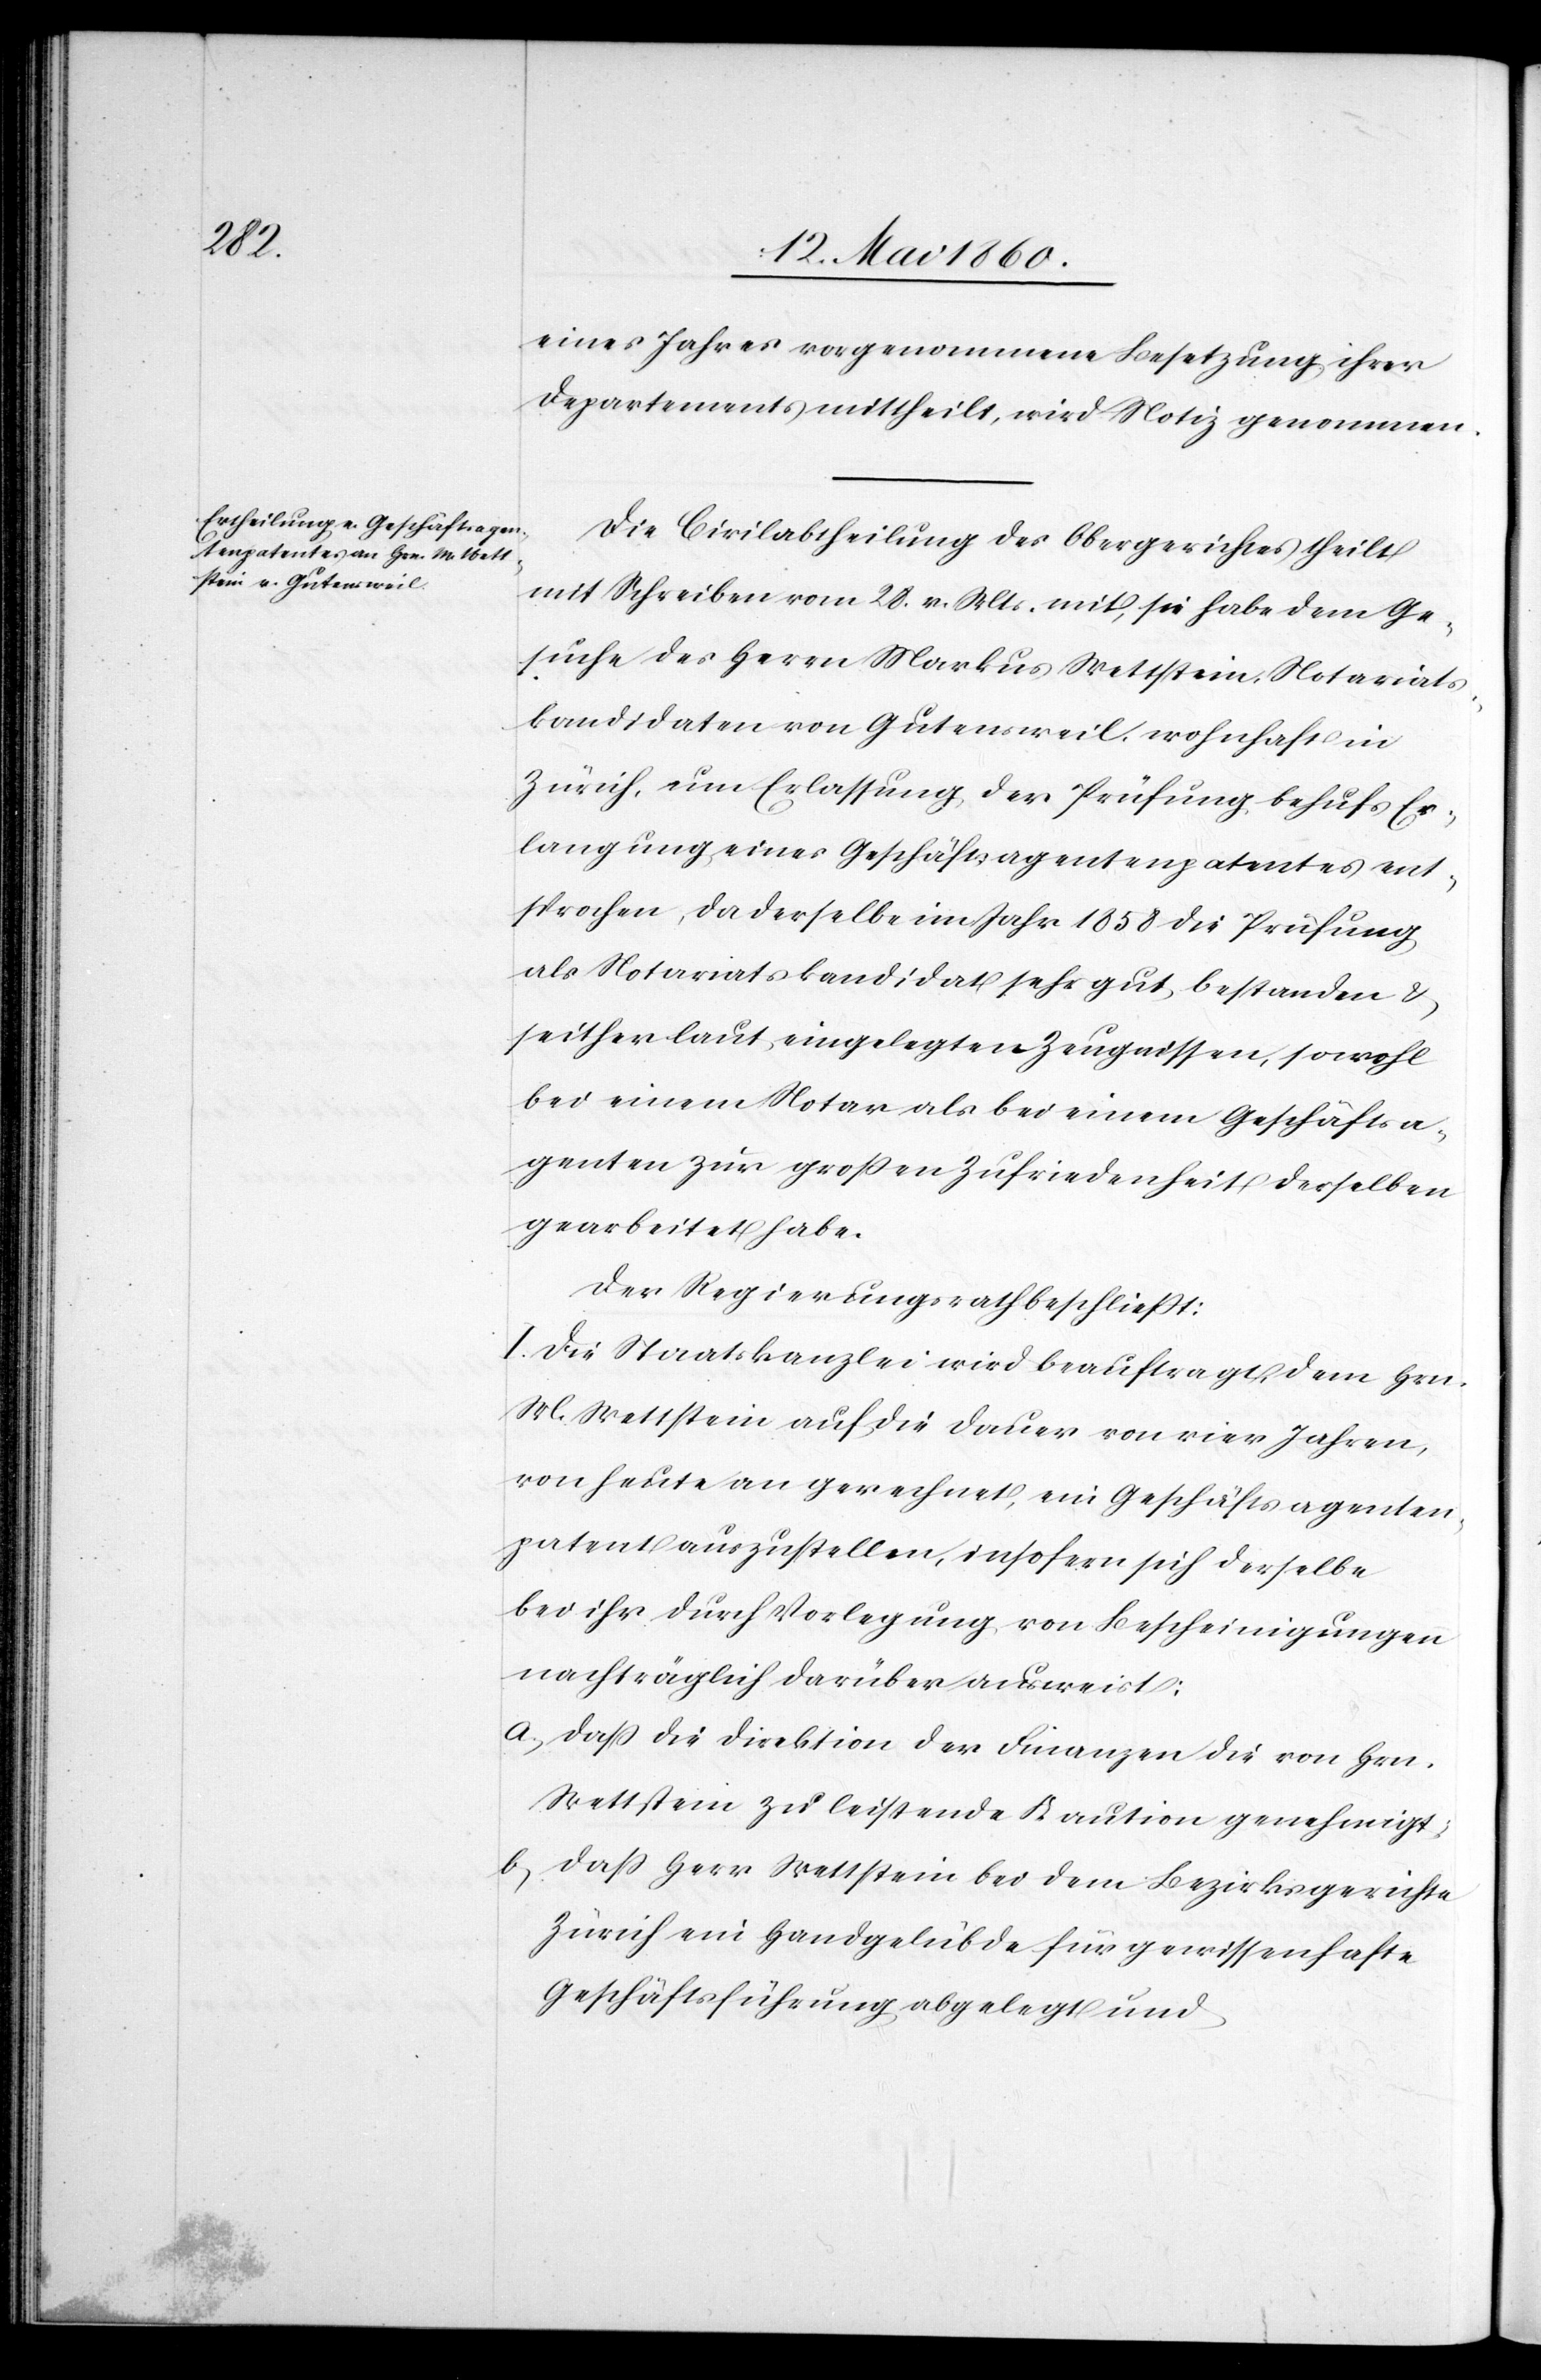
eines Jahres vorgenommene Besetzung ihres
Departements mittheilt, wird Notiz genommen.
Die Civilabtheilung des Obergerichtes theilt
mit Schreiben vom 28. v. Mts. mit, sie habe dem Ge¬
suche des Herrn Markus Wettstein, Notariats¬
kandidaten von Gutensweil, wohnhaft in
Zürich, um Erlassung der Prüfung behufs Er¬
langung eines Geschäftsagentenpatentes ent¬
sprochen, da derselbe im Jahr 1858 die Prüfung
als Notariatskandidat sehr gut bestanden u.
seither laut eingelegten Zeugnissen, sowohl
bei einem Notar als bei einem Geschäftsa¬
genten zur grossen Zufriedenheit derselben
gearbeitet habe.
Der Regierungsrath beschliesst.
I. Die Staatskanzlei wird beauftragt, dem Hrn.
M. Wettstein auf die Dauer von vier Jahren,
von heute an gerechnet, ein Geschäftsagenten¬
patent auszustellen, insofern sich derselbe
bei ihr durch Vorlegung von Bescheinigungen
nachträglich darüber ausweist:
a) Dass die Direktion der Finanzen die von Hrn.
Wettstein zu leistende Kaution genehmigt;
b.) Dass Herr Wettstein bei dem Bezirksgerichte
Zürich ein Handgelübde für gewissenhafte
Geschäftsführung abgelegt und